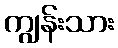
ကျွန်းသား